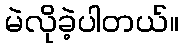
မဲလိုခဲ့ပါတယ်။